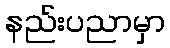
နည်းပညာမှာ